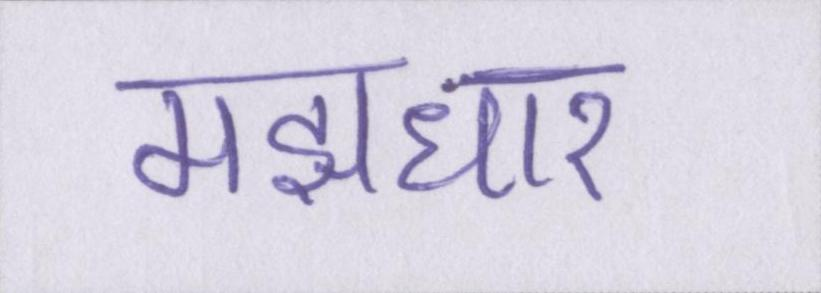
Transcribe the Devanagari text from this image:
मझधार